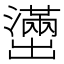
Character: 𫥭